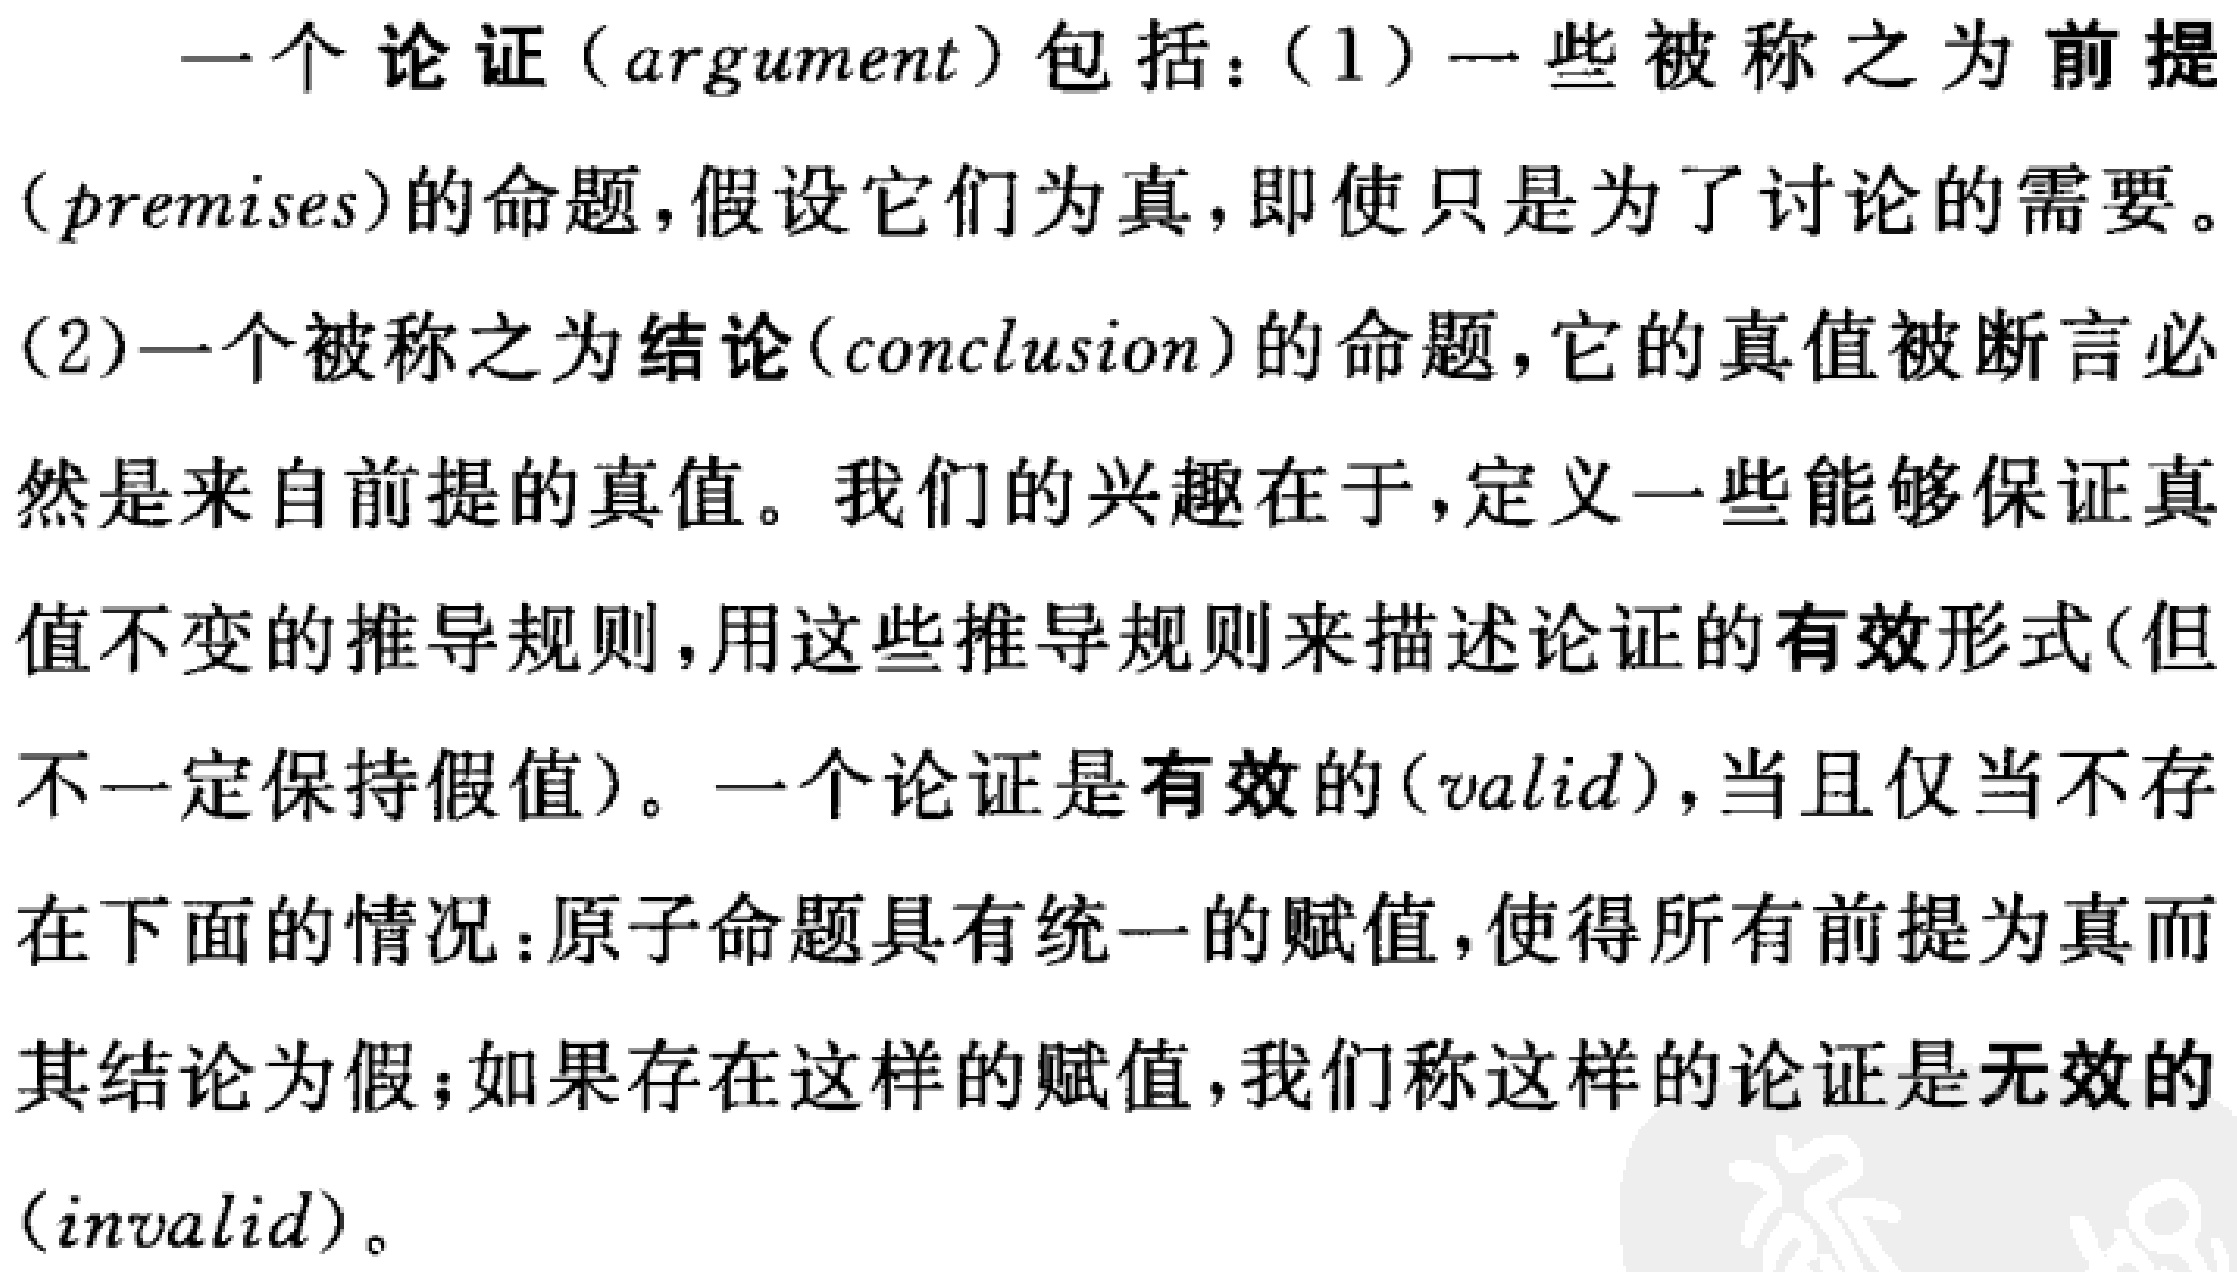
一个论证（argument）包括：（1）一些被称之为前提（premises）的命题，假设它们为真，即使只是为了讨论的需要。（2）一个被称之为结论（conclusion）的命题，它的真值被断言必然是来自前提的真值。我们的兴趣在于，定义一些能够保证真值不变的推导规则，用这些推导规则来描述论证的有效形式（但不一定保持假值）。一个论证是有效的（valid），当且仅当不存在下面的情况：原子命题具有统一的赋值，使得所有前提为真而其结论为假；如果存在这样的赋值，我们称这样的论证是无效的（invalid）。